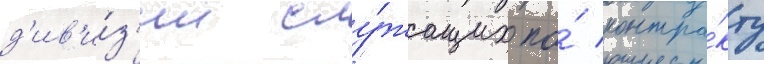
д'ив'и́з'ии слу́жащих по́ контра́кту